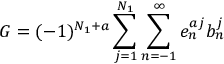
G = ( - 1 ) ^ { N _ { 1 } + a } \sum _ { j = 1 } ^ { N _ { 1 } } \sum _ { n = - 1 } ^ { \infty } e _ { n } ^ { a j } b _ { n } ^ { j }